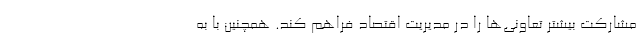
مشارکت بیشتر تعاونی‌ها را در مدیریت اقتصاد فراهم کند. همچنین با به